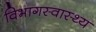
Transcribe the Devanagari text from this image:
विभागस्वास्थ्य